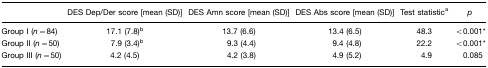
|  | DES Dep/Der score [mean (SD)] | DES Amn score [mean (SD)] | DES Abs score [mean (SD)] | Test statistica | p |
 | --- | --- | --- | --- | --- | --- |
 | Group I (n=84) | 17.1 (7.8)b | 13.7 (6.6) | 13.4 (6.5) | 48.3 | <0.001* |
 | Group II (n=50) | 7.9 (3.4)b | 9.3 (4.4) | 9.4 (4.8) | 22.2 | <0.001* |
 | Group III (n=50) | 4.2 (4.5) | 4.2 (3.8) | 4.9 (5.2) | 4.9 | 0.085 |